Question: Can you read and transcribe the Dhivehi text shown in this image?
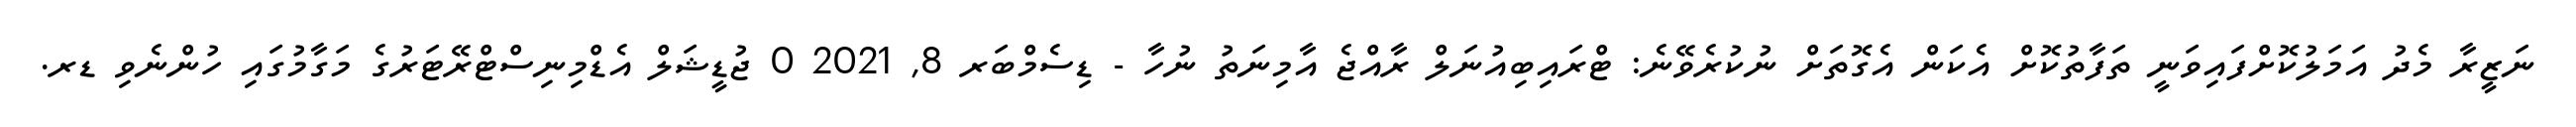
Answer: ނަޒީރާ މެދު އަމަލުކޮށްފައިވަނީ ތަފާތުކޮށް އެކަން އެގޮތަށް ނުކުރެވޭނެ: ޓްރައިބިއުނަލް ރާއްޖެ އާމިނަތު ނުހާ - ޑިސެމްބަރ 8, 2021 0 ޖުޑީޝަލް އެޑްމިނިސްޓްރޭޓަރުގެ މަގާމުގައި ހުންނެވި ޑރ.